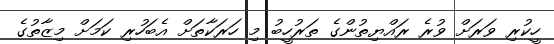
ހީކުރި ވަރަށް ވުރެ ރައްޔިތުންގެ ތަރުހީބު މި ހަރަކާތަށް އެބަހުރި ކަމަށް މިޒާތުގެ